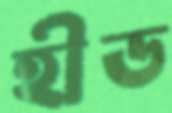
হীড